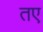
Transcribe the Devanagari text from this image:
तए